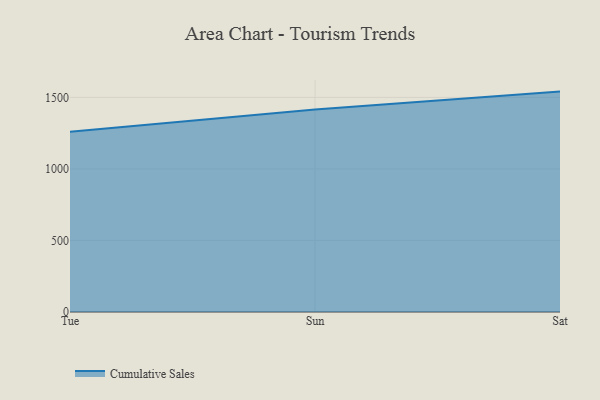
{"axis": {"x": "Day", "y": "Inventory Turnover"}, "legend": ["Cumulative Sales"], "data": [{"x": "Tue", "y": 1259.1, "type": "Cumulative Sales"}, {"x": "Sun", "y": 1415.6, "type": "Cumulative Sales"}, {"x": "Sat", "y": 1540.6, "type": "Cumulative Sales"}]}